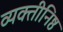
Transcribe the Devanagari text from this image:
व्यक्तीनिष्ठ